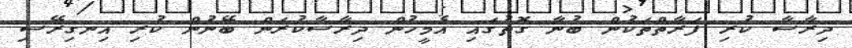
ދިރާސާ ކުރި ފަރާތްތަކުން ބުނާ ގޮތުގައި އެމީހުން ދިރާސާކުރަން ބޭނުން ކުރި އިނގިރޭސި